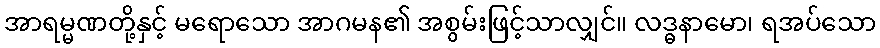
အာရမ္မဏတို့နှင့် မရောသော အာဂမန၏ အစွမ်းဖြင့်သာလျှင်။ လဒ္ဓနာမော၊ ရအပ်သော